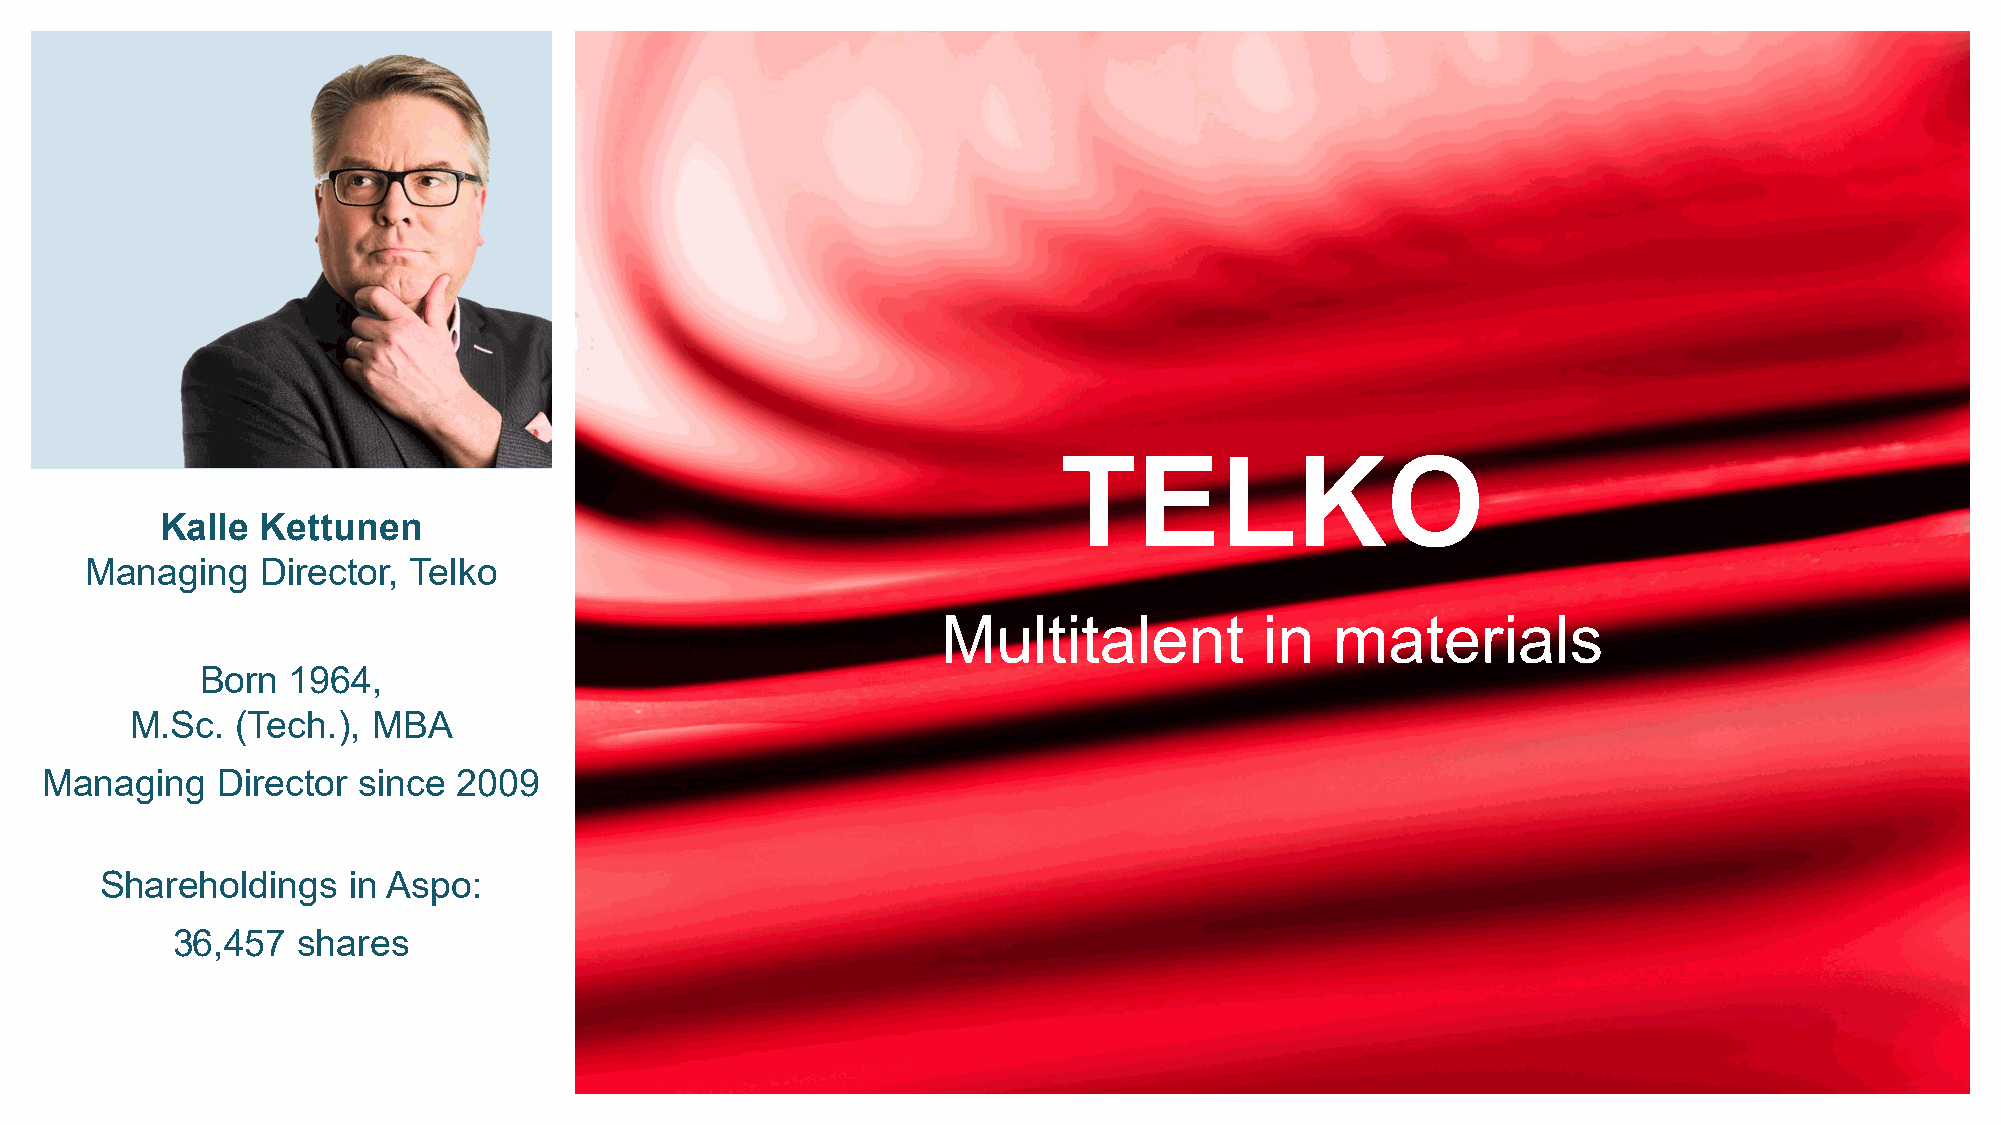
TELKO
 Kalle Kettunen
 Managing   Director, Telko
 Multitalent           in  materials
 Born  1964,
 M.Sc.  (Tech.), MBA
 Managing   Director  since 2009
 Shareholdings   in Aspo:
 36,457   shares